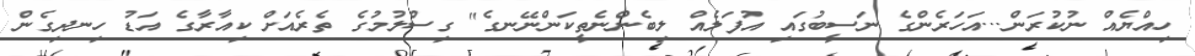
ހިއްޔެއް ނުކުރަން...އަހަރެންގެ ނަސީބުގައި އުފަލެއް ލިބެންނެތީކަންނޭނގެ" ގިސްލުމުގެ ތެރެއަށް ކިއާރާގެ އަޑު ހިނދިގެން